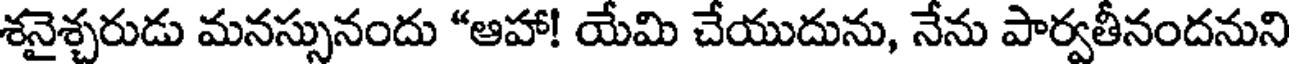
శనైశ్చరుడు మనస్సునందు "ఆహా! యేమి చేయుదును, నేను పార్వతీనందనుని